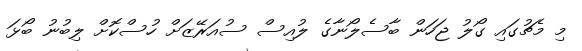
މި މެޗުގައި ގޯލު ޖަހަން ބާސެލޯނާގެ ލުއިސް ސުއަރޭޒަށް ހުސްކޮށް ލިބުނު ބޯޅަ